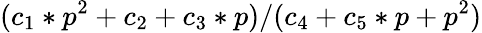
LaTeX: (c_{1}*p^{2}+c_{2}+c_{3}*p)/(c_{4}+c_{5}*p+p^{2})